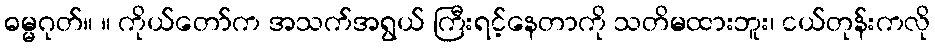
ဓမ္မဂုတ်။ ။ ကိုယ်တော်က အသက်အရွယ် ကြီးရင့်နေတာကို သတိမထားဘူး၊ ငယ်တုန်းကလို